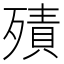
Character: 㱴